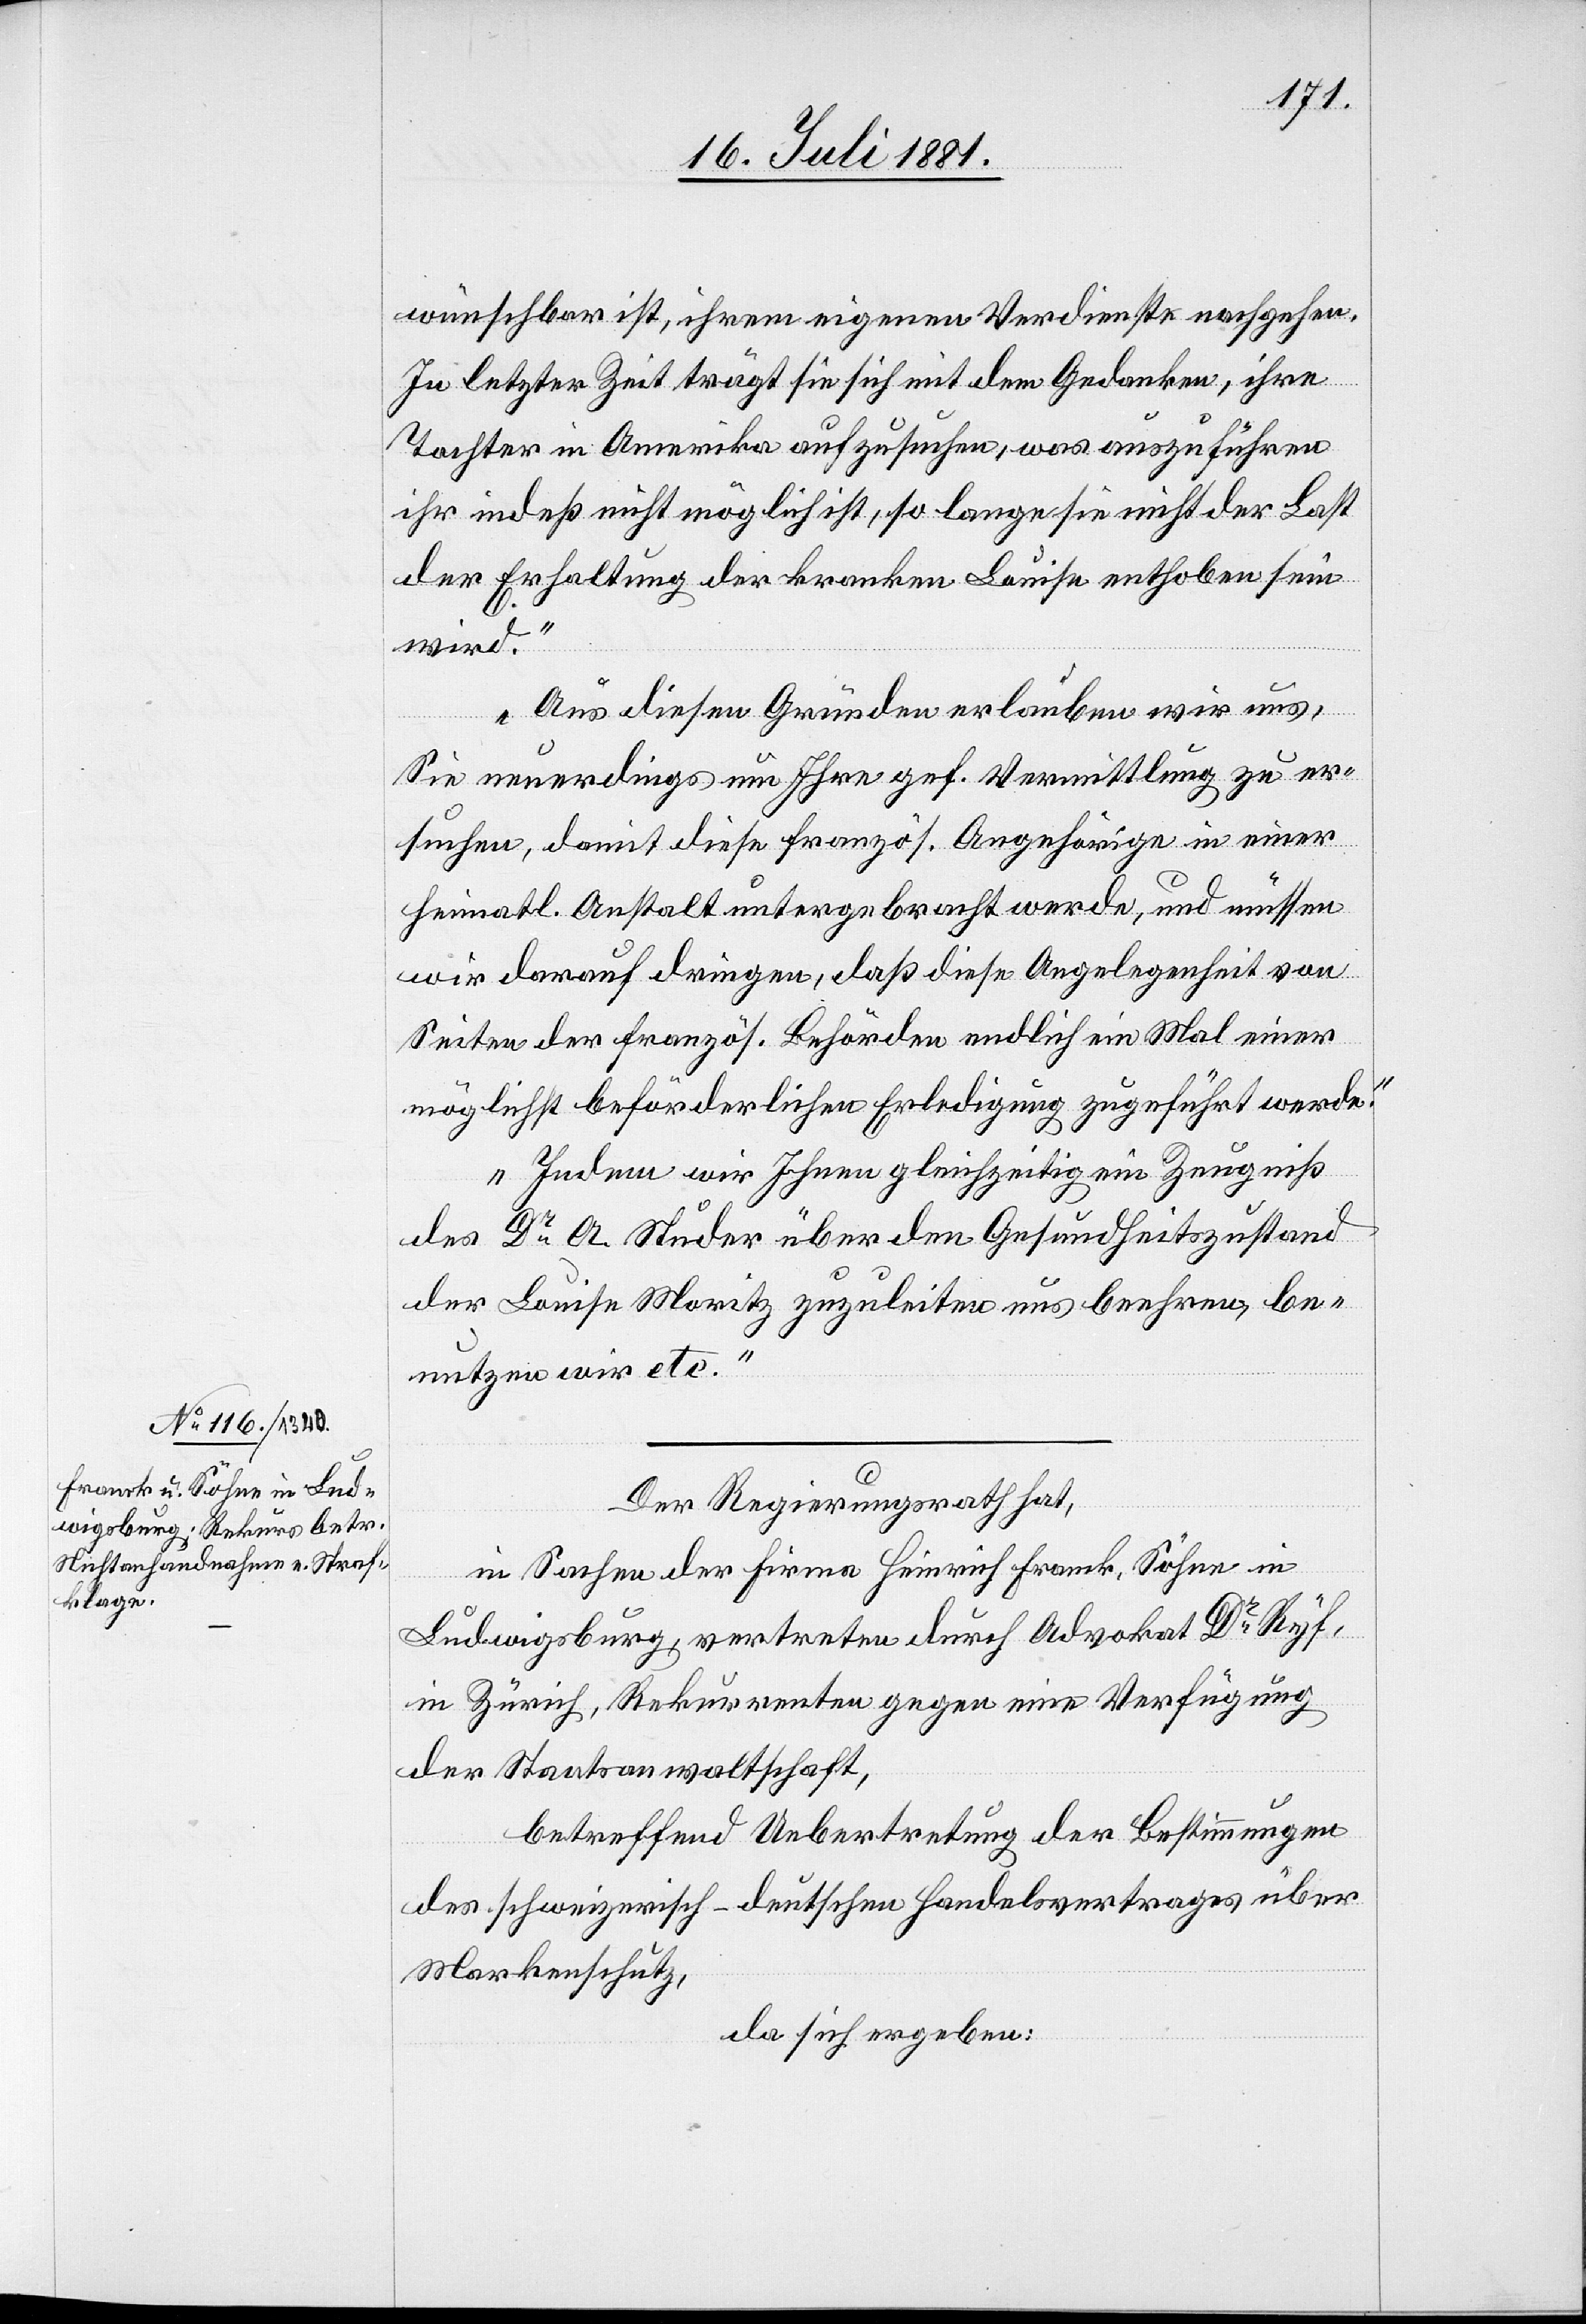
wünschbar ist, ihrem eigenen Verdienste nachgehen.
In letzter Zeit trägt sie sich mit dem Gedanken, ihre
Tochter in Amerika aufzusuchen, was auszuführen
ihr indeß nicht möglich, so lange sie nicht der Last
der Erhaltung der kranken Louise enthoben sein
wird.
Aus diesen Gründen erlauben wir uns,
Sie neuerdings um Ihre gef. Vermittlung zu er¬
suchen, damit diese französ. Angehörige in einer
heimatl. Anstalt untergebracht werde, und müssen
wir darauf drängen, daß diese Angelegenheit von
Seiten der französ. Behörden endlich ein Mal einer
möglichst beförderlichen Erledigung zugeführt werde.
Indem wir Ihnen gleichzeitig ein Zeugniß
des Dr A. Studer über den Gesundheitszustand
der Louise Moritz zuzuleiten uns beehren, be¬
nutzen wir etc.“